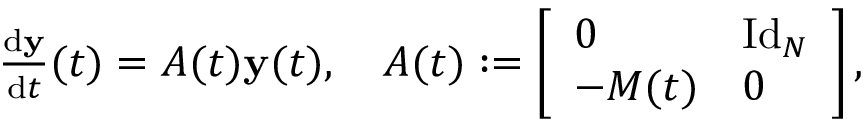
\begin{array} { r } { \frac { \mathrm { d } \mathbf { y } } { \mathrm { d } t } ( t ) = A ( t ) \mathbf { y } ( t ) , \quad A ( t ) : = \left[ \begin{array} { l l } { 0 } & { \mathrm { I d } _ { N } } \\ { - M ( t ) } & { 0 } \end{array} \right] , } \end{array}